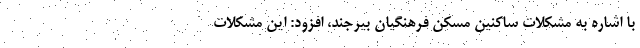
با اشاره به مشکلات ساکنین مسکن فرهنگیان بیرجند، افزود: این مشکلات